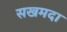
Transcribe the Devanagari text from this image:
सखमदा